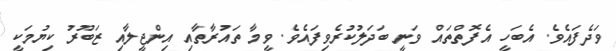
ވަދެފައެވެ. އެބަހީ އެފޮތްތައް ވަނީ ބަދަލުކުރެވިފައެވެ. ވީމާ ތައުރާތާއި އިންޖީލާއި ޒަބޫރު ކިޔުމަކީ